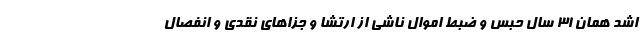
اشد همان ۳۱ سال حبس و ضبط اموال ناشی از ارتشا و جزاهای نقدی و انفصال